Annual vaccination report of Bihar and Orissa - 1911-1928
Year: 1911
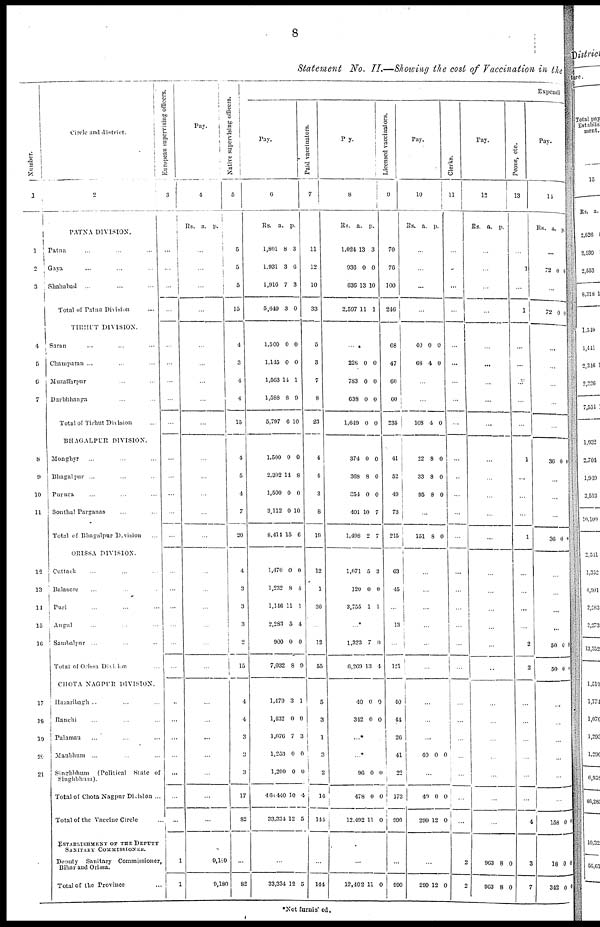
8
Statement No. II.—Showing the cost of Vaccination in the
Number.
1
1
2
3
4
5
6
7
8
9
10
11
12
13
14
15
16
17
18
19
20
21
Circle and district.
2
PATNA DIVISION.
Patna ... ... ...
Gaya ... ... ...
Shahabad
... ... ...
Total of Patna Division ...
TIRHUT DIVISION.
Saran ... ... ...
Champaran ... ... ...
Muzaffurpur ... ... ...
Darbhhanga ... ... ...
Total of Tirhut Division ...
BHAGALPUR DIVISION.
Monghyr ... ... ...
Bhagalpur ... ... ...
Purnea ... ... ...
Sonthal Parganas ... ... ...
Total of Bhagalpur Division ...
ORISSA DIVISION.
Cuttack ... ... ...
Balasore ... ... ...
Puri ... ... ...
Angul ... ... ...
Sambalpur ... ... ...
Total of Orissa Division ...
CHOTA NAGPUR DIVISION.
Hazaribagh ... ... ...
Ranchi ... ... ...
Palamau ... ... ...
Manbum ... ... ...
Singhbhum
(Political State of
Singhbhum).
Total of Chota Nagpur Division ...
Total of the Vaccine Circle ...
ESTABLISHMENT OF THE DEPUTY
SANITARY COMMISSIONER.
Deputy
Sanitary Commissioner,
Bihar and Orissa.
Total of the Province ...
European supervising officers.
3
...
...
...
...
...
...
...
...
...
...
...
...
...
...
...
...
...
...
...
...
...
...
...
...
...
...
...
1
1
Pay.
4
Rs. a p.
...
...
...
...
...
...
...
...
...
...
...
...
...
...
...
...
...
...
...
...
...
...
...
...
...
...
...
0,180
9,180
Native supervising officers.
5
5
5
5
15
4
3
4
4
15
4
5
4
7
20
4
3
3
3
2
15
4
4
3
3
3
17
82
...
82
Expendi
Pay.
6
Rs. a. p.
1,801
1,931
1,916
5,649
8
3
7
3
3
6
3
0
1,500
1,145
1,503
1,588
5,797
0
0
14
8
6
0
0
1
9
10
1,500
2,302
1,500
3,112
8,411
0
14
0
0
15
0
8
0
10
0
1,470
1,232
1,146
2,283
900
7,032
0
8
11
5
0
8
0
4
1
4
0
9
1,479
1,432
1,076
1,253
1,200
460,410
33,334
3
0
7
0
0
10
12
1
0
3
0
0
4
5
...
33,334 12 5
Paid vaccinators.
7
11
12
10
33
5
3
7
8
23
4
4
3
8
19
12
1
30
12
55
5
3
1
3
2
14
144
...
144
Pay.
8
Rs. a. p.
1,024
936
636
2,597
13
0
13
11
3
0
10
1
...
228
783
638
1,649
0
0
0
0
0
0
0
0
374
368
354
401
1,498
0
8
0
10
2
0
0
0
7
1,071
120
3,755
5
0
1
3
0
1
... *
1,323
6,269
7
13
0
4
40
342
0
0
0
0
...*
...*
96
478
12,492
0
0
11
0
0
0
...
12,492 11 0
Licensed vaccinators.
9
70
76
100
246
68
47
60
60
235
41
52
49
73
215
63
45
...
13
...
121
40
44
26
41
22
173
990
...
990
Pay.
10
Rs. a. p.
...
...
...
...
40
68
0
4
0
0
...
...
108 4 0
22
33
95
8
8
8
0
0
0
...
151 8 0
...
...
...
...
...
...
...
...
...
40 0 0
...
40
299
0
12
0
0
...
299 12 0
Clerks.
11
...
...
...
...
...
...
...
...
...
...
...
...
...
...
...
...
...
...
...
...
...
...
...
...
...
...
...
2
2
Pay.
12
Rs. a. p.
...
...
...
...
...
...
...
...
...
...
...
...
...
...
...
...
...
...
...
...
...
...
...
...
...
...
...
963
963
8
8
0
0
Peons, etc.
13
...
1
...
1
...
...
...
...
...
1
...
...
...
1
...
...
...
...
2
2
...
...
...
...
...
...
4
3
7
Pay.
14
Rs. a. p.
...
72 0 0
...
72
0 0
...
...
...
...
...
36 0 0
...
...
...
36 0 1
...
...
...
...
50
50
0
0
4
0
...
...
...
...
...
...
158 0 0
18
342
0
0
0
0
*Not furnished.